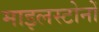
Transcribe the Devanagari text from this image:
माइलस्टोनों